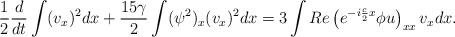
LaTeX: \begin{align*} \frac 12\frac{d}{dt}\int (v_x)^2dx+\frac {15\gamma}{2}\int (\psi^2)_x(v_x)^2dx=3\int Re\left(e^{-i\frac c2x}\phi u\right)_{xx}v_xdx.\end{align*}